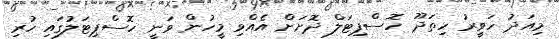
މިއަދު ހަވީރު ހިތަދޫ ހޮސްޕިޓަލް ދޮށަށް އެއްވި މީހުން ވަނީ ހޮސްޕިޓަލުގައި ހުރި